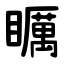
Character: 矋